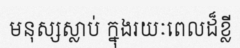
មនុស្សស្លាប់ ក្នុងរយៈពេលដ៏ខ្លី